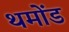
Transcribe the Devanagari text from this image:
थमोंड